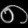
Digit: ၈